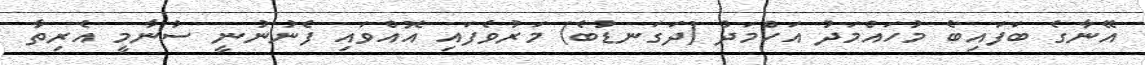
އޭނާގެ ބަފައިބެ މުހައްމަދު އަހްމަދު (ދަގަނޑުބެ) މަރުވެފައި އޮއްވައި ފެނުނުނީ ސުނާމީ އެރިތާ